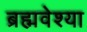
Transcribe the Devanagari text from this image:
ब्रह्मवेश्या